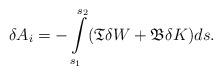
LaTeX: \begin{align*}\delta A_i = - \int \limits_{s_1}^{s_2} ({\mathfrak{T}} \delta W + {\mathfrak{B}} \delta K )ds.\end{align*}